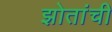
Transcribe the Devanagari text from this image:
झोतांची